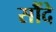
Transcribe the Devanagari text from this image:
सौंदे